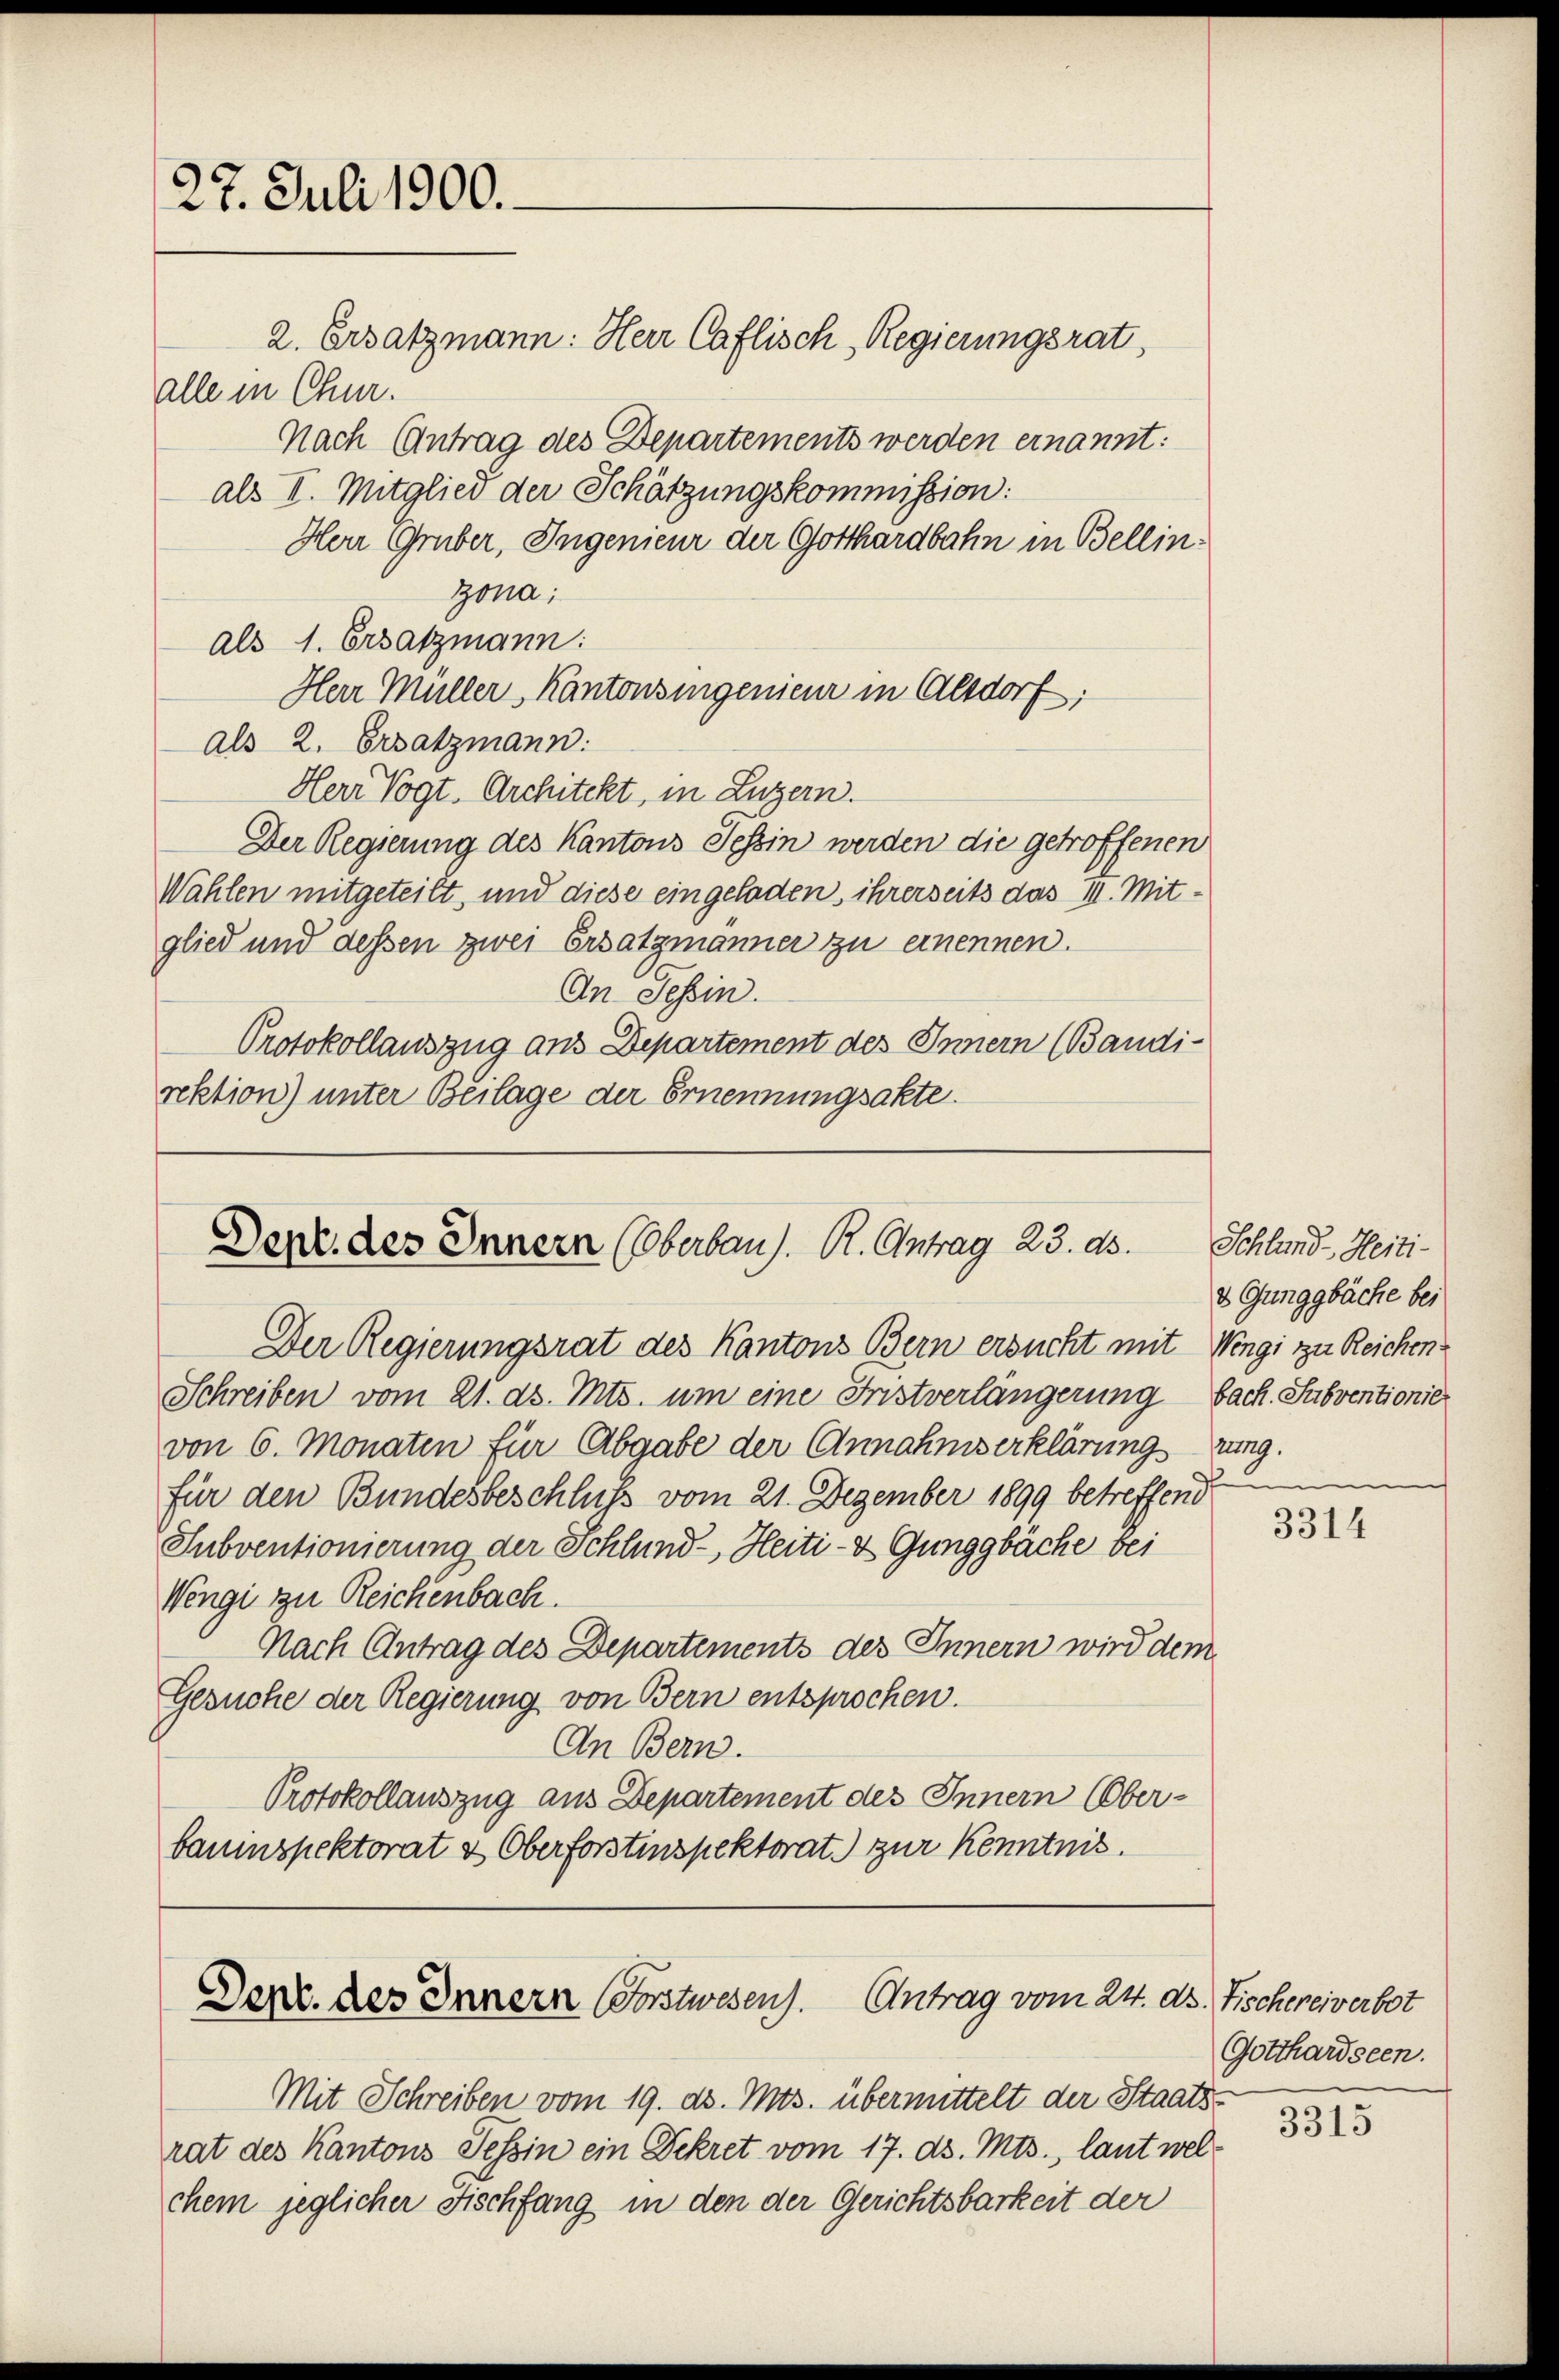
27. Juli 1900.

2. Ersatzmann: Herr Caflisch, Regierungsrat,
alle in Chur.
Nach Antrag des Departements werden ernannt:
als I. Mitglied der Schätzungskommission:
Herr Gruber, Ingenieur der Gotthardbahn in Bellin¬
Gona;
als 1. Ersatzmann:
Herr Müller, Kantonsingenieur in Alsdorf;
als 2. Ersatzmann.
Herr Vogt. Architekt, in Luzern.
Der Regierung des Kantons Tessin werden die getroffenen
Wählen mitgeteilt, und diese eingeladen, ihrerseits das II. Mitglied und dessen zwei Ersatzmänner zu einennen.
An Tessin.
Protokollauszug aus Departement des Innern (Bandi-
rektion) unter Beilage der Ernennungsakte

Dept. des Innern (Oberbau). R. Antrag 23. ds.

Der Regierungsrat des Kantons Bern ersucht mit Wengi zu Reichen
Schreiben vom 21. ds. Mts. um eine Fristverlängerung bach. Subventionier
von 6. Monaten für Abgabe der Annahmserklärungsrung.
für den Bundesbeschluß vom 21. Dezember 1899 betreffend
Subventionierung der Schlünd-, Heiti- & Gunggbäche bei
Wengi zu Reichenbach.
Nach Antrag des Departements des Innern wird dem
Gesuche der Regierung von Bern entsprochen.
An Bern.
Protokollauszug aus Departement des Innern (Ober-
bauinspektorat & Oberforstinspektorat) zur Kenntnis.

Der. des Innern Forstwesen). Antrag vom 24. ds. Fischereiverbot

Schland-Heiti¬
 Gunggbäche bei

Mit Schreiben vom 19. ds. Mts. übermittelt der Staats-
rat des Kantons Tessin ein Dekret vom 17. d. Mts., laut welchem jeglicher Fischfang in den der Gerichtsbarkeit der

3314

Gotthardseen.

3315